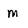
Character: m